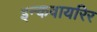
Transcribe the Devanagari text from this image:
इन्कवायरिर